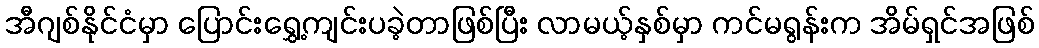
အီဂျစ်နိုင်ငံမှာ ပြောင်းရွှေ့ကျင်းပခဲ့တာဖြစ်ပြီး လာမယ့်နှစ်မှာ ကင်မရွန်းက အိမ်ရှင်အဖြစ်